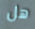
هل